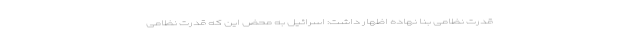
قدرت نظامی بنا نهاده اظهار داشت: اسرائیل به محض این که قدرت نظامی